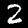
Digit: 2